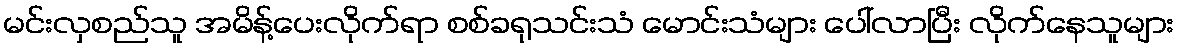
မင်းလှစည်သူ အမိန့်ပေးလိုက်ရာ စစ်ခရုသင်းသံ မောင်းသံများ ပေါ်လာပြီး လိုက်နေသူများ